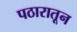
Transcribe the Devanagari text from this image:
पठारातून